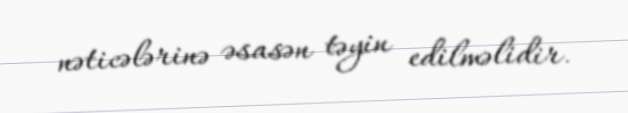
nəticələrinə əsasən təyin edilməlidir.